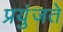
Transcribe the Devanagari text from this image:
प्रयुंजते